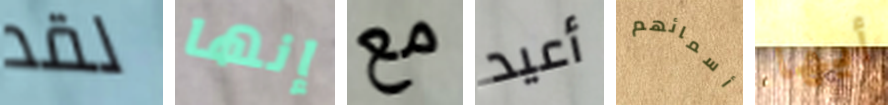
لقد إنها مع أعيد أسمائهم أيها